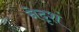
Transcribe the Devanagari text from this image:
नेदृशं